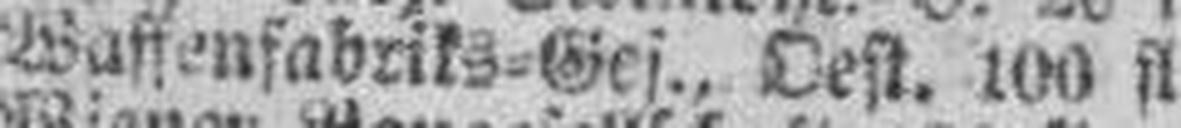
Waffenfabriks=Ges., Oest. 100 fl